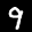
Label: 9